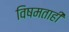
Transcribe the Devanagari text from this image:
विषमताही